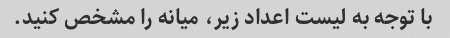
با توجه به لیست اعداد زیر، میانه را مشخص کنید.